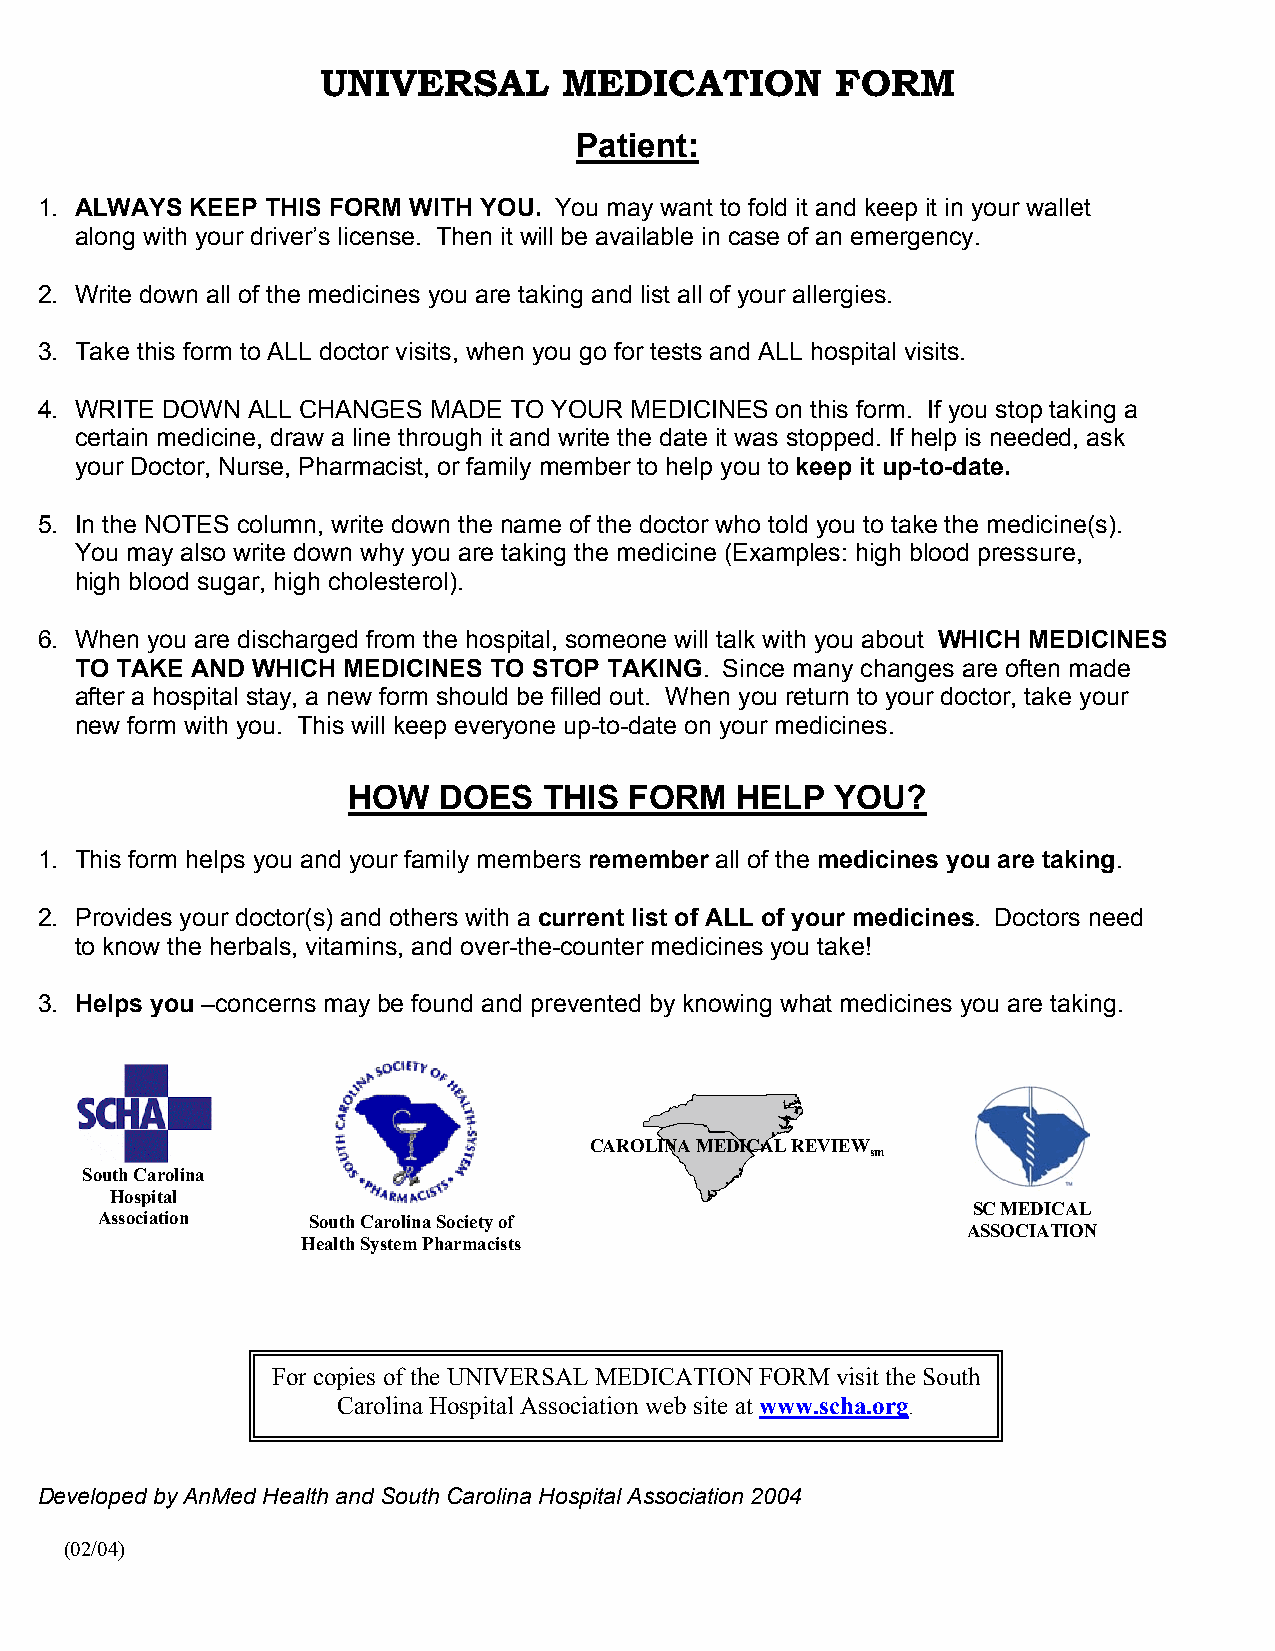
UNIVERSAL       MEDICATION        FORM
 Patient:
 1. ALWAYS  KEEP THIS FORM WITH YOU. You may want to fold it and keep it in your wallet
 along with your driver’s license. Then it will be available in case of an emergency.
 2. Write down all of the medicines you are taking and list all of your allergies.
 3. Take this form to ALL doctor visits, when you go for tests and ALL hospital visits.
 4. WRITE DOWN ALL CHANGES  MADE TO YOUR MEDICINES on this form. If you stop taking a
 certain medicine, draw a line through it and write the date it was stopped. If help is needed, ask
 your Doctor, Nurse, Pharmacist, or family member to help you to keep it up-to-date.
 5. In the NOTES column, write down the name of the doctor who told you to take the medicine(s).
 You may also write down why you are taking the medicine (Examples: high blood pressure,
 high blood sugar, high cholesterol).
 6. When you are discharged from the hospital, someone will talk with you about WHICH MEDICINES
 TO TAKE AND WHICH MEDICINES TO STOP TAKING. Since many changes are often made
 after a hospital stay, a new form should be filled out. When you return to your doctor, take your
 new form with you. This will keep everyone up-to-date on your medicines.
 HOW   DOES   THIS  FORM   HELP  YOU?
 1. This form helps you and your family members remember all of the medicines you are taking.
 2. Provides your doctor(s) and others with a current list of ALL of your medicines. Doctors need
 to know the herbals, vitamins, and over-the-counter medicines you take!
 3. Helps you –concerns may be found and prevented by knowing what medicines you are taking.
 CAROLINA MEDICAL REVIEW
 sm
 South Carolina
 Hospital
 SC MEDICAL
 Association   South Carolina Society of
 ASSOCIATION
 Health System Pharmacists
 For copies of the UNIVERSAL MEDICATION FORM visit the South
 Carolina Hospital Association web site at www.scha.org.
 Developed by AnMed Health and South Carolina Hospital Association 2004
 (02/04)